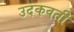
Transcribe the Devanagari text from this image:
उदकवती